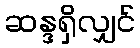
ဆန္ဒရှိလျှင်